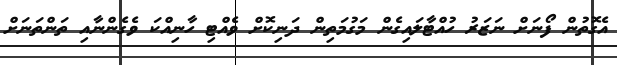
އެގޮތުން ފޯނަށް ނަޒަރު ހުއްޓާލައިގެން މަގުމަތިން ދަނިކޮށް ވެއްޓި ހާނިއްކަ ވެގެންނާއި ތަންތަނަށް